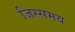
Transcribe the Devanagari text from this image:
जिस्समय